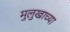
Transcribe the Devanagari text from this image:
मुलुखाच्या